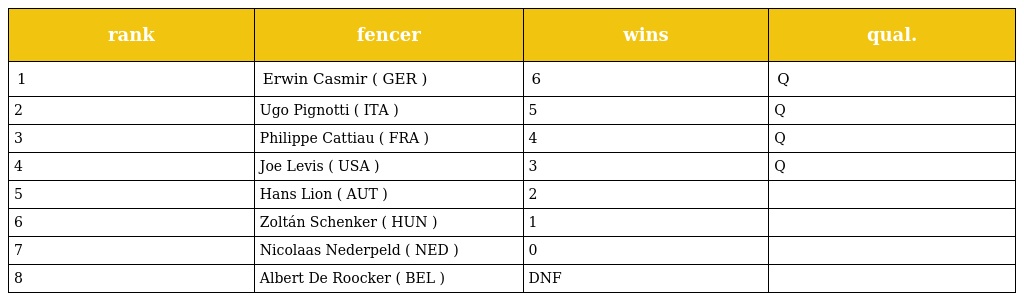
| rank | fencer | wins | qual. |
 | --- | --- | --- | --- |
 | 1 | Erwin Casmir ( GER ) | 6 | Q |
 | 2 | Ugo Pignotti ( ITA ) | 5 | Q |
 | 3 | Philippe Cattiau ( FRA ) | 4 | Q |
 | 4 | Joe Levis ( USA ) | 3 | Q |
 | 5 | Hans Lion ( AUT ) | 2 |  |
 | 6 | Zoltán Schenker ( HUN ) | 1 |  |
 | 7 | Nicolaas Nederpeld ( NED ) | 0 |  |
 | 8 | Albert De Roocker ( BEL ) | DNF |  |